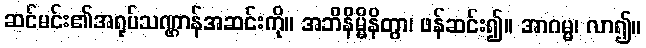
ဆင်မင်း၏အရုပ်သဏ္ဌာန်အဆင်းကို။ အဘိနိမ္မိနိတွာ၊ ဖန်ဆင်း၍။ အာဂမ္မ၊ လာ၍။